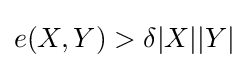
e(X,Y)>\delta |X||Y|